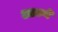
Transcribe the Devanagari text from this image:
आटणे